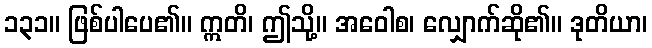
၁၃၁။ ဖြစ်ပါပေ၏။ ဣတိ၊ ဤသို့။ အဝေါစ၊ လျှောက်ဆို၏။ ဒုတိယာ၊